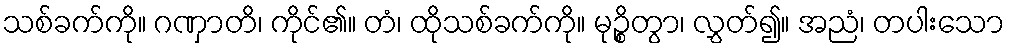
သစ်ခက်ကို။ ဂဏှာတိ၊ ကိုင်၏။ တံ၊ ထိုသစ်ခက်ကို။ မုဉ္စိတွာ၊ လွှတ်၍။ အညံ၊ တပါးသော